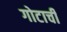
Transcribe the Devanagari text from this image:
गोटाची